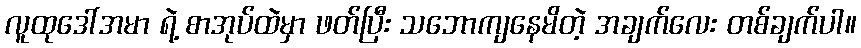
လူထုဒေါ်အမာ ရဲ့ စာအုပ်ထဲမှာ ဖတ်ပြီး သဘောကျနေမိတဲ့ အချက်လေး တစ်ချက်ပါ။